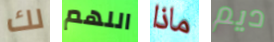
لك اللهم ماذا ديم